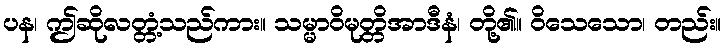
ပန၊ ဤဆိုလတ္တံ့သည်ကား။ သမ္မာဝိမုတ္တိအာဒီနံ၊ တို့၏။ ဝိသေသော၊ တည်း။